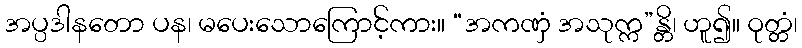
အပ္ပဒါနတော ပန၊ မပေးသောကြောင့်ကား။ “အကဏှံ အသုက္က”န္တိ၊ ဟူ၍။ ဝုတ္တံ၊